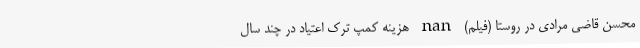
محسن قاضی مرادی در روستا (فیلم) nan هزینه کمپ ترک اعتیاد در چند سال